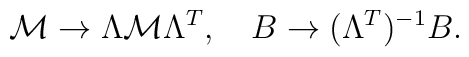
\mathcal{M} \rightarrow \Lambda \mathcal{M} \Lambda^T, \quad B \rightarrow(\Lambda^T)^{-1} B.